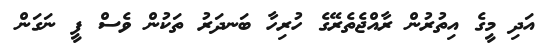
އަދި މީގެ އިތުރުން ރާއްޖެތެރޭގެ ހުރިހާ ބަނދަރު ތަކުން ވެސް ފީ ނަގަން